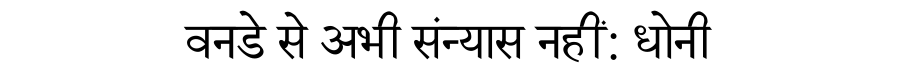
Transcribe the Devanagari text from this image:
वनडे से अभी संन्यास नहीं: धोनी